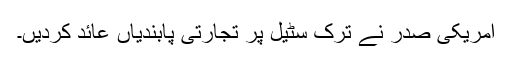
امریکی صدر نے ترک سٹیل پر تجارتی پابندیاں عائد کردیں۔